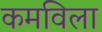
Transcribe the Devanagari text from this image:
कमविला